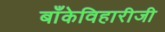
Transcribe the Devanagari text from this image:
बाँकेविहारीजी